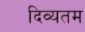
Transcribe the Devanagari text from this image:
दिव्यतम